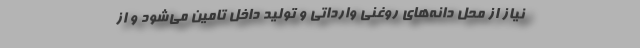
نیاز از محل دانه‌های روغنی وارداتی و تولید داخل تامین می‌شود و از